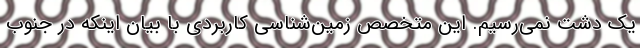
یک دشت نمی‌رسیم. این متخصص زمین‌شناسی کاربردی با بیان اینکه در جنوب